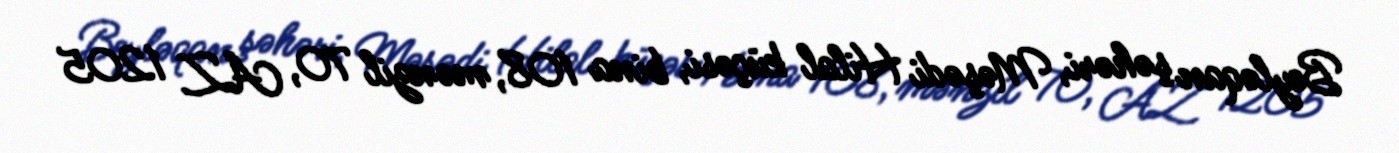
Beyləqan şəhəri, Məşədi Hilal küçəsi, bina 108, mənzil 70, AZ 1205